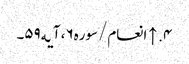
۴. ↑ انعام/سوره۶، آیه۵۹۔